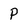
Character: p